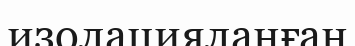
изолацияланған